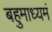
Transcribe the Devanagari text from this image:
बहुमाध्‍यमं